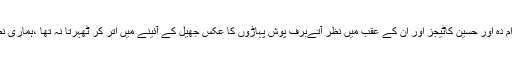
جس کے تین اطراف سیاحوں کے قیام کے لئے بنائے گئے آرام دہ اور حسین کاٹیجز اور ان کے عقب میں نظر آتےبرف پوش پہاڑوں کا عکس جھیل کے آئینے میں اتر کر ٹھہرتا نہ تھا ،ہماری نظروں سے ہوتا ہوا سیدھا دل میں گھستا اور روح میں بستا تھا۔